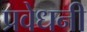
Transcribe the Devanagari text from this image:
प्रवेधनी